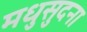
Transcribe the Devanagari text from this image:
मधुसुदना